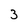
Character: 3